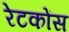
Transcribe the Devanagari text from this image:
रेटकोंस